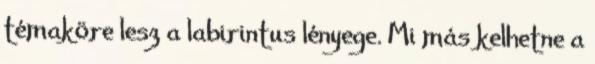
témaköre lesz a labirintus lényege. Mi más kelhetne a